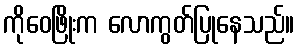
ကိုဝေဖြိုးက လောကွတ်ပြုနေသည်။